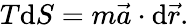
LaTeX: T\mathrm{d}S=m\vec{a}\cdot\mathrm{d}\vec{r}.